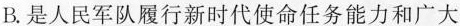
B.是人民军队履行新时代使命任务能力和广大